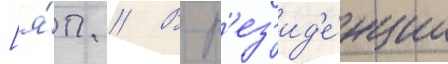
[я́п. // В р'ез'ид'е́нции